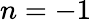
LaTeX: n=-1